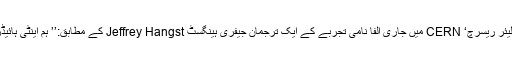
یورپی ایٹمی تحقیقی ادارے ’یورپین آرگنائزیشن فار نیوکلیئر ریسرچ‘ CERN میں جاری الفا نامی تجربے کے ایک ترجمان جیفری ہینگسٹ Jeffrey Hangst کے مطابق:’’ ہم اینٹی ہائیڈروجن ایٹم کو ایک ہزار سیکنڈز تک قید رکھ سکتے ہیں۔